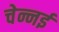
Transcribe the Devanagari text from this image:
चेन्नर्इ